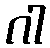
ဂါ